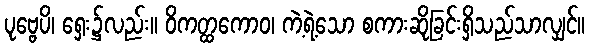
ပုဗ္ဗေပိ၊ ရှေး၌လည်း။ ဝိကတ္ထကောဝ၊ ကဲ့ရဲ့သော စကားဆိုခြင်းရှိသည်သာလျှင်။